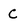
Character: C